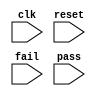
module test_status
#(
    parameter         PREFIX  = "TEST_MODULE",
    parameter integer TIMEOUT = 100
)
(
    input wire      clk,
    input wire      reset,
    input wire      fail,
    input wire      pass
);

//task watchdog;
//  input integer timeout;
//  begin
//    repeat(timeout) begin
//        #1;
//    end
//    $display;
//    $display("ERROR: Timeout. Increase the parameter TIMEOUT of test_status module to prevent early termination of test bench");
//    test_fail;
//  end
//endtask
    reg [31:0] ctr;  // keep track of number of cycles into current loop
    reg [2:0] state;

    parameter idle = 3'd0;
    parameter start = 3'd1;
    parameter check_status = 3'd2;
    parameter test_fail = 3'd3;
    parameter test_pass = 3'd4;
    parameter finish = 3'd5;

    initial begin
        ctr <= 0;
        state <= start;
    end

    always @(posedge clk) begin
        ctr <= ctr + 1;

        if (reset) begin
            ctr <= 0;
            state <= start;
        end else begin
            case(state)
                idle : begin
                    // Don't do anything here
                end

                start : begin
                    if (ctr == 0) begin
                        $write("%c[1;34m",27);
                        $display ("***********************************************");
                        $display ("%s - Test Begin", PREFIX);
                        $display ("***********************************************");
                        $write("%c[0m",27);
                        $display();
                    end else begin
                        ctr <= 0;
                        state <= check_status;
                    end // else: !if(ctr == 0)
                end // case: start

                check_status : begin
                    if ((!reset) && (pass || fail)) begin
                        if (fail == 1'b1)
                            state <= test_fail;
                        else if (pass == 1'b1)
                            state <= test_pass;

                        ctr <= 0;
                    end
                end

                test_fail : begin
                    if (ctr == 0) begin
                        $display();
                        $write("%c[1;31m",27);
                        $display ("***********************************************");
                        $display ("%s - Test Failed", PREFIX);
                        $display ("***********************************************");
                        $write("%c[0m",27);
                        $display();
                        //$fatal;

                    end else begin
                        ctr <= 0;
                        state <= finish;
                    end // else: !if(ctr == 0)
                end // case: test_fail

                test_pass : begin
                    if (ctr == 0) begin
                        $display();
                        $write("%c[1;32m",27);
                        $display ("***********************************************");
                        $display ("%s - Test Passed", PREFIX);
                        $display ("***********************************************");
                        $write("%c[0m",27);
                        $display();
                        //$finish;

                    end else begin // if (ctr == 0)
                        ctr <= 0;
                        state <= finish;
                    end // else: !if(ctr == 0)
                end // case: test_pass

                finish : begin
                    if (ctr == 0) begin
                        $display();
                        $display ("***********************************************");
                        $display ("%s - Test Finished", PREFIX);
                        $display ("***********************************************");
                        $display();
                        //$finish;
                        
                    end else begin
                        ctr <= 0;
                        state <= idle;
                    end
                end

                default : begin
                    state <= idle;
                end

            endcase // case (state)
        end // else: !if(reset)
    end // always @ (posedge clk)
endmodule

//reg p;
//reg f;
//reg rst;
//
//initial rst = 0;
//
//test_status t(clock.val, rst, f, p);